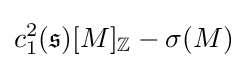
c_{1}^{2}({\mathfrak {s}})[M]_{\mathbb {Z} }-\sigma (M)